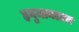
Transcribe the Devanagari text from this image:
हनुमानताल